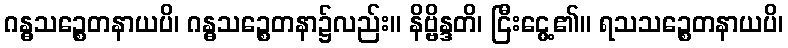
ဂန္ဓသဉ္စေတနာယပိ၊ ဂန္ဓသဉ္စေတနာ၌လည်း။ နိဗ္ဗိန္ဒတိ၊ ငြီးငွေ့၏။ ရသသဉ္စေတနာယပိ၊